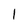
Character: 1